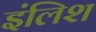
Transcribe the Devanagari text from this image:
इंलिश